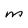
Character: M